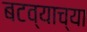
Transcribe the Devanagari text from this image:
बटव्याच्या